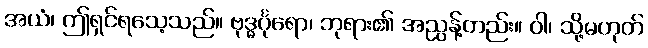
အယံ၊ ဤရှင်ရသေ့သည်။ ဗုဒ္ဓင်္ဂုရော၊ ဘုရား၏ အညွန့်တည်း။ ဝါ၊ သို့မဟုတ်